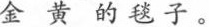
金黄的毯子。